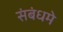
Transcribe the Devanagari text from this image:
संबंधमे